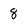
Character: 8